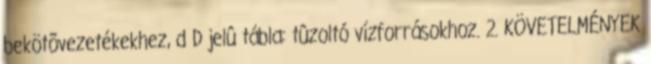
bekötõvezetékekhez, d D jelû tábla: tûzoltó vízforrásokhoz. 2. KÖVETELMÉNYEK